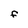
Character: F